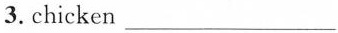
3. chicken ___